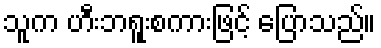
သူက ဟီးဘရူးစကားဖြင့် ပြောသည်။